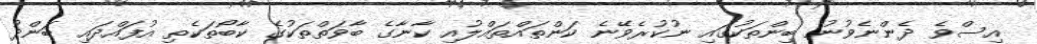
އިސްވެ ދެންނެވުނު ބިންތަކުގައި ނުކުރެވޭނެ ކަންތައްތައްލުއި ކާނާގެ ބާވަތްތަކުގެ ކާބޯތަކެތި އުފައްދައި ބަންދު